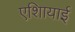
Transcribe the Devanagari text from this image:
एशिायाई